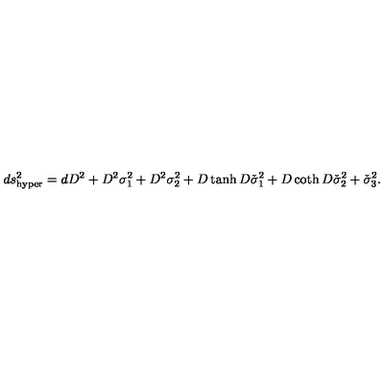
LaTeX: d s _ { \mathrm { h y p e r } } ^ { 2 } = d D ^ { 2 } + D ^ { 2 } \sigma _ { 1 } ^ { 2 } + D ^ { 2 } \sigma _ { 2 } ^ { 2 } + D \tanh D \check { \sigma } _ { 1 } ^ { 2 } + D \coth D \check { \sigma } _ { 2 } ^ { 2 } + \check { \sigma } _ { 3 } ^ { 2 } .